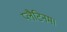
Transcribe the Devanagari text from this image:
प्लैटिनम।